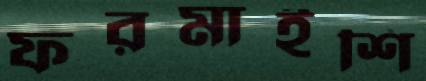
ফরমাইশি